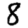
Digit: 8